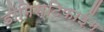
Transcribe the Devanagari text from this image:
डीमिस्टिफाईंग